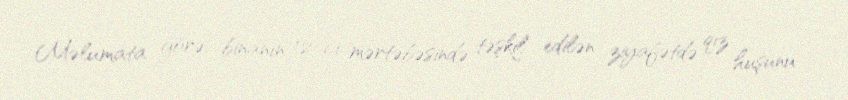
Məlumata görə, binanın 12-ci mərtəbəsində təşkil edilən ziyafətdə qız huşunu